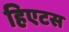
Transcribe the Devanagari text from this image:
हिएटस